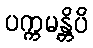
ပက္ကမန္တိပိ